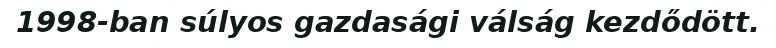
1998-ban súlyos gazdasági válság kezdődött.